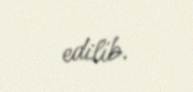
edilib.